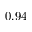
- 0 . 9 4